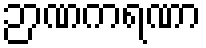
ဉာဏကရဏာ